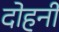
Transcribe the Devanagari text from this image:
दोहनी